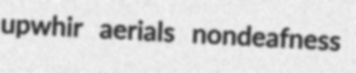
upwhir aerials nondeafness